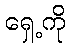
ရှေ့ကို